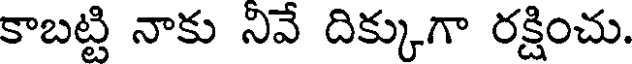
కాబట్టి నాకు నివే దిక్కుగా రక్షించు.